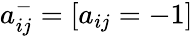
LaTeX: a_{ij}^{-}=[a_{ij}=-1]